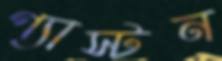
গ্যাস্টন